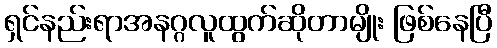
ရှင်နည်းရာအနဂ္ဂလူထွက်ဆိုတာမျိုး ဖြစ်နေပြီ